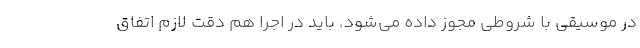
در موسیقی با شروطی مجوز داده می‌شود، باید در اجرا هم دقت لازم اتفاق